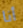
أنا